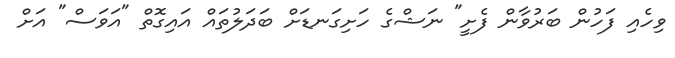
ވިހެއި ފަހުން ބަރުވާން ފެށީ" ނަޝްގެ ހަށިގަނޑަށް ބަދަލުތައް އައިގޮތް "އަވަސް" އަށް